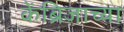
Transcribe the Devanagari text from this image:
केंब्रिजाच्या